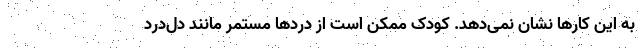
به این کارها نشان نمی‌دهد. کودک ممکن است از دردها مستمر مانند دل‌درد